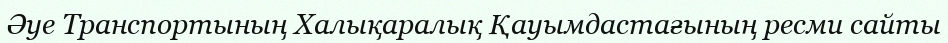
Әуе Транспортының Халықаралық Қауымдастағының ресми сайты